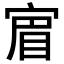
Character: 𡩏